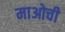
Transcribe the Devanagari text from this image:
माओची